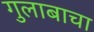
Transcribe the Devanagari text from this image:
गुलाबाचा